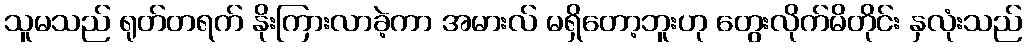
သူမသည် ရုတ်တရက် နိုးကြားလာခဲ့ကာ အမားလ် မရှိတော့ဘူးဟု တွေးလိုက်မိတိုင်း နှလုံးသည်